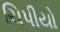
ચિપીયો